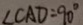
\angle C A D = 9 0 ^ { \circ }